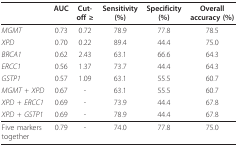
|  | AUC | Cut-off ≥ | Sensitivity (%) | Specificity (%) | Overall accuracy (%) |
 | --- | --- | --- | --- | --- | --- |
 | MGMT | 0.73 | 0.72 | 78.9 | 77.8 | 78.5 |
 | XPD | 0.70 | 0.22 | 89.4 | 44.4 | 75.0 |
 | BRCA1 | 0.62 | 2.43 | 63.1 | 66.6 | 64.3 |
 | ERCC1 | 0.56 | 1.37 | 73.7 | 44.4 | 64.3 |
 | GSTP1 | 0.57 | 1.09 | 63.1 | 55.5 | 60.7 |
 | MGMT + XPD | 0.67 | - | 63.1 | 55.5 | 60.7 |
 | XPD + ERCC1 | 0.69 | - | 73.9 | 44.4 | 67.8 |
 | XPD + GSTP1 | 0.69 | - | 78.9 | 44.4 | 67.8 |
 | Five markers together | 0.79 | - | 74.0 | 77.8 | 75.0 |